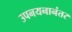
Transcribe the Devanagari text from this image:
उपनयनानंतर